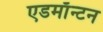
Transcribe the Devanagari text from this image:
एडमाॅन्टन